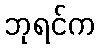
ဘုရင်က